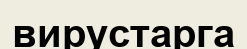
вирустарга